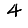
Digit: 4